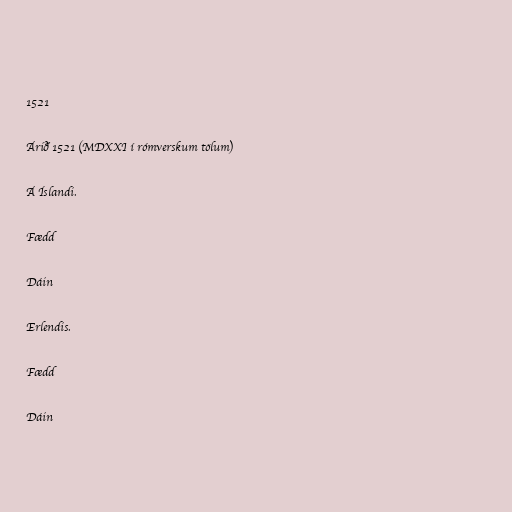
1521

Árið 1521 (MDXXI í rómverskum tölum)

Á Íslandi.

Fædd

Dáin

Erlendis.

Fædd

Dáin